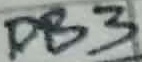
Text: DB3